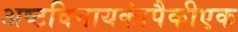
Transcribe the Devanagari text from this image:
अष्टविनायकांपैकीएक